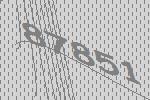
87851